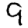
Digit: 9